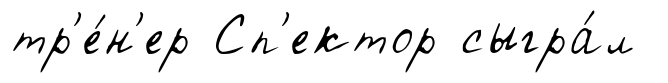
тр'е́н'ер Сп'ектор сыгра́л